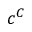
c ^ { C }